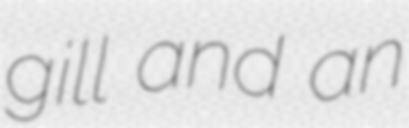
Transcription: gill and an